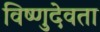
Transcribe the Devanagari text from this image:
विष्णुदेवता